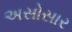
અસોસાર